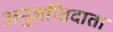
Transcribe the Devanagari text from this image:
अनुज्ञप्तिदाता